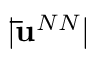
| \mathbf { \bar { u } } ^ { N N } |